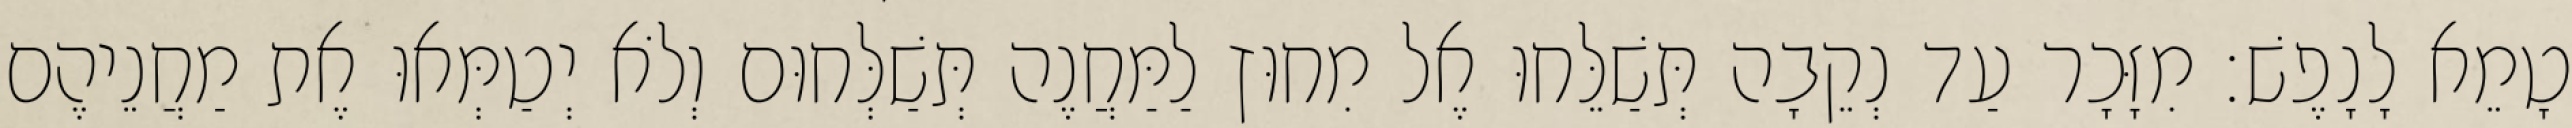
טָמֵא לָנָפֶשׁ׃ מִזָּכָר עַד נְקֵבָה תְּשַׁלֵּחוּ אֶל מִחוּץ לַמַּחֲנֶה תְּשַׁלְּחוּם וְלֹא יְטַמְּאוּ אֶת מַחֲנֵיהֶם